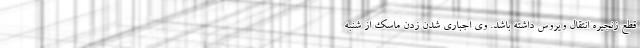
قطع زنجیره انتقال ویروس داشته باشد. وی اجباری شدن زدن ماسک از شنبه